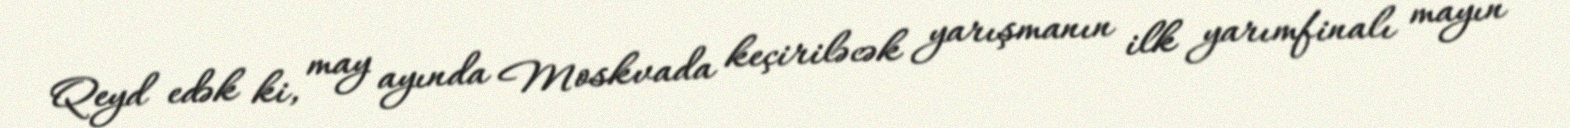
Qeyd edək ki, may ayında Moskvada keçiriləcək yarışmanın ilk yarımfinalı mayın